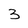
Character: 3